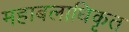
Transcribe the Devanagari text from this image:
महाबलाधिकृत